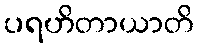
ပရဟိတာယာတိ